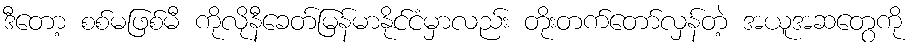
ဒီတော့ စစ်မဖြစ်မီ ကိုလိုနီခေတ်မြန်မာနိုင်ငံမှာလည်း တိုးတက်တော်လှန်တဲ့ အယူအဆတွေကို